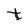
Character: t